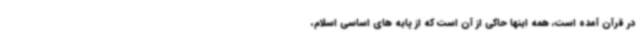
در قرآن آمده است، همه اینها حاکی از آن است که از پایه های اساسی اسلام،